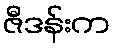
ဇီဒန်းက